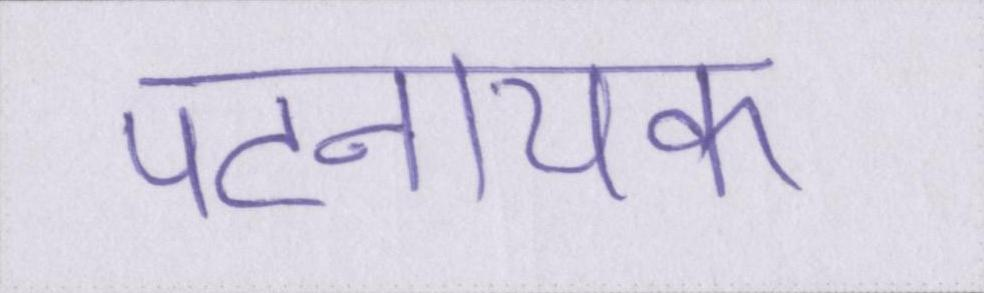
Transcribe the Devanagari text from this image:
पटनायक